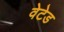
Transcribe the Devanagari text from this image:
वेटेड